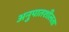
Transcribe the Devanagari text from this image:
अनुपातशीलता